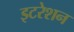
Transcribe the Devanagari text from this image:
इटरेशन